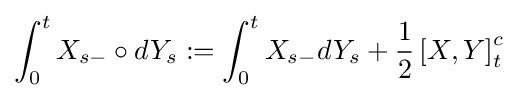
\int _{0}^{t}X_{s-}\circ dY_{s}:=\int _{0}^{t}X_{s-}dY_{s}+{\frac {1}{2}}\left[X,Y\right]_{t}^{c}